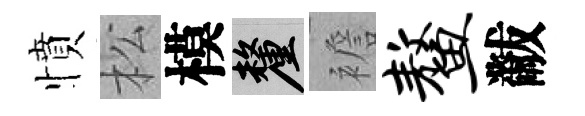
憤松模厘襜鳌黻